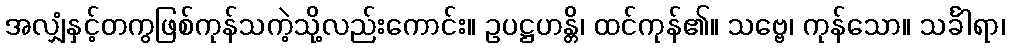
အလျှံနှင့်တကွဖြစ်ကုန်သကဲ့သို့လည်းကောင်း။ ဥပဋ္ဌဟန္တိ၊ ထင်ကုန်၏။ သဗ္ဗေ၊ ကုန်သော။ သင်္ခါရာ၊